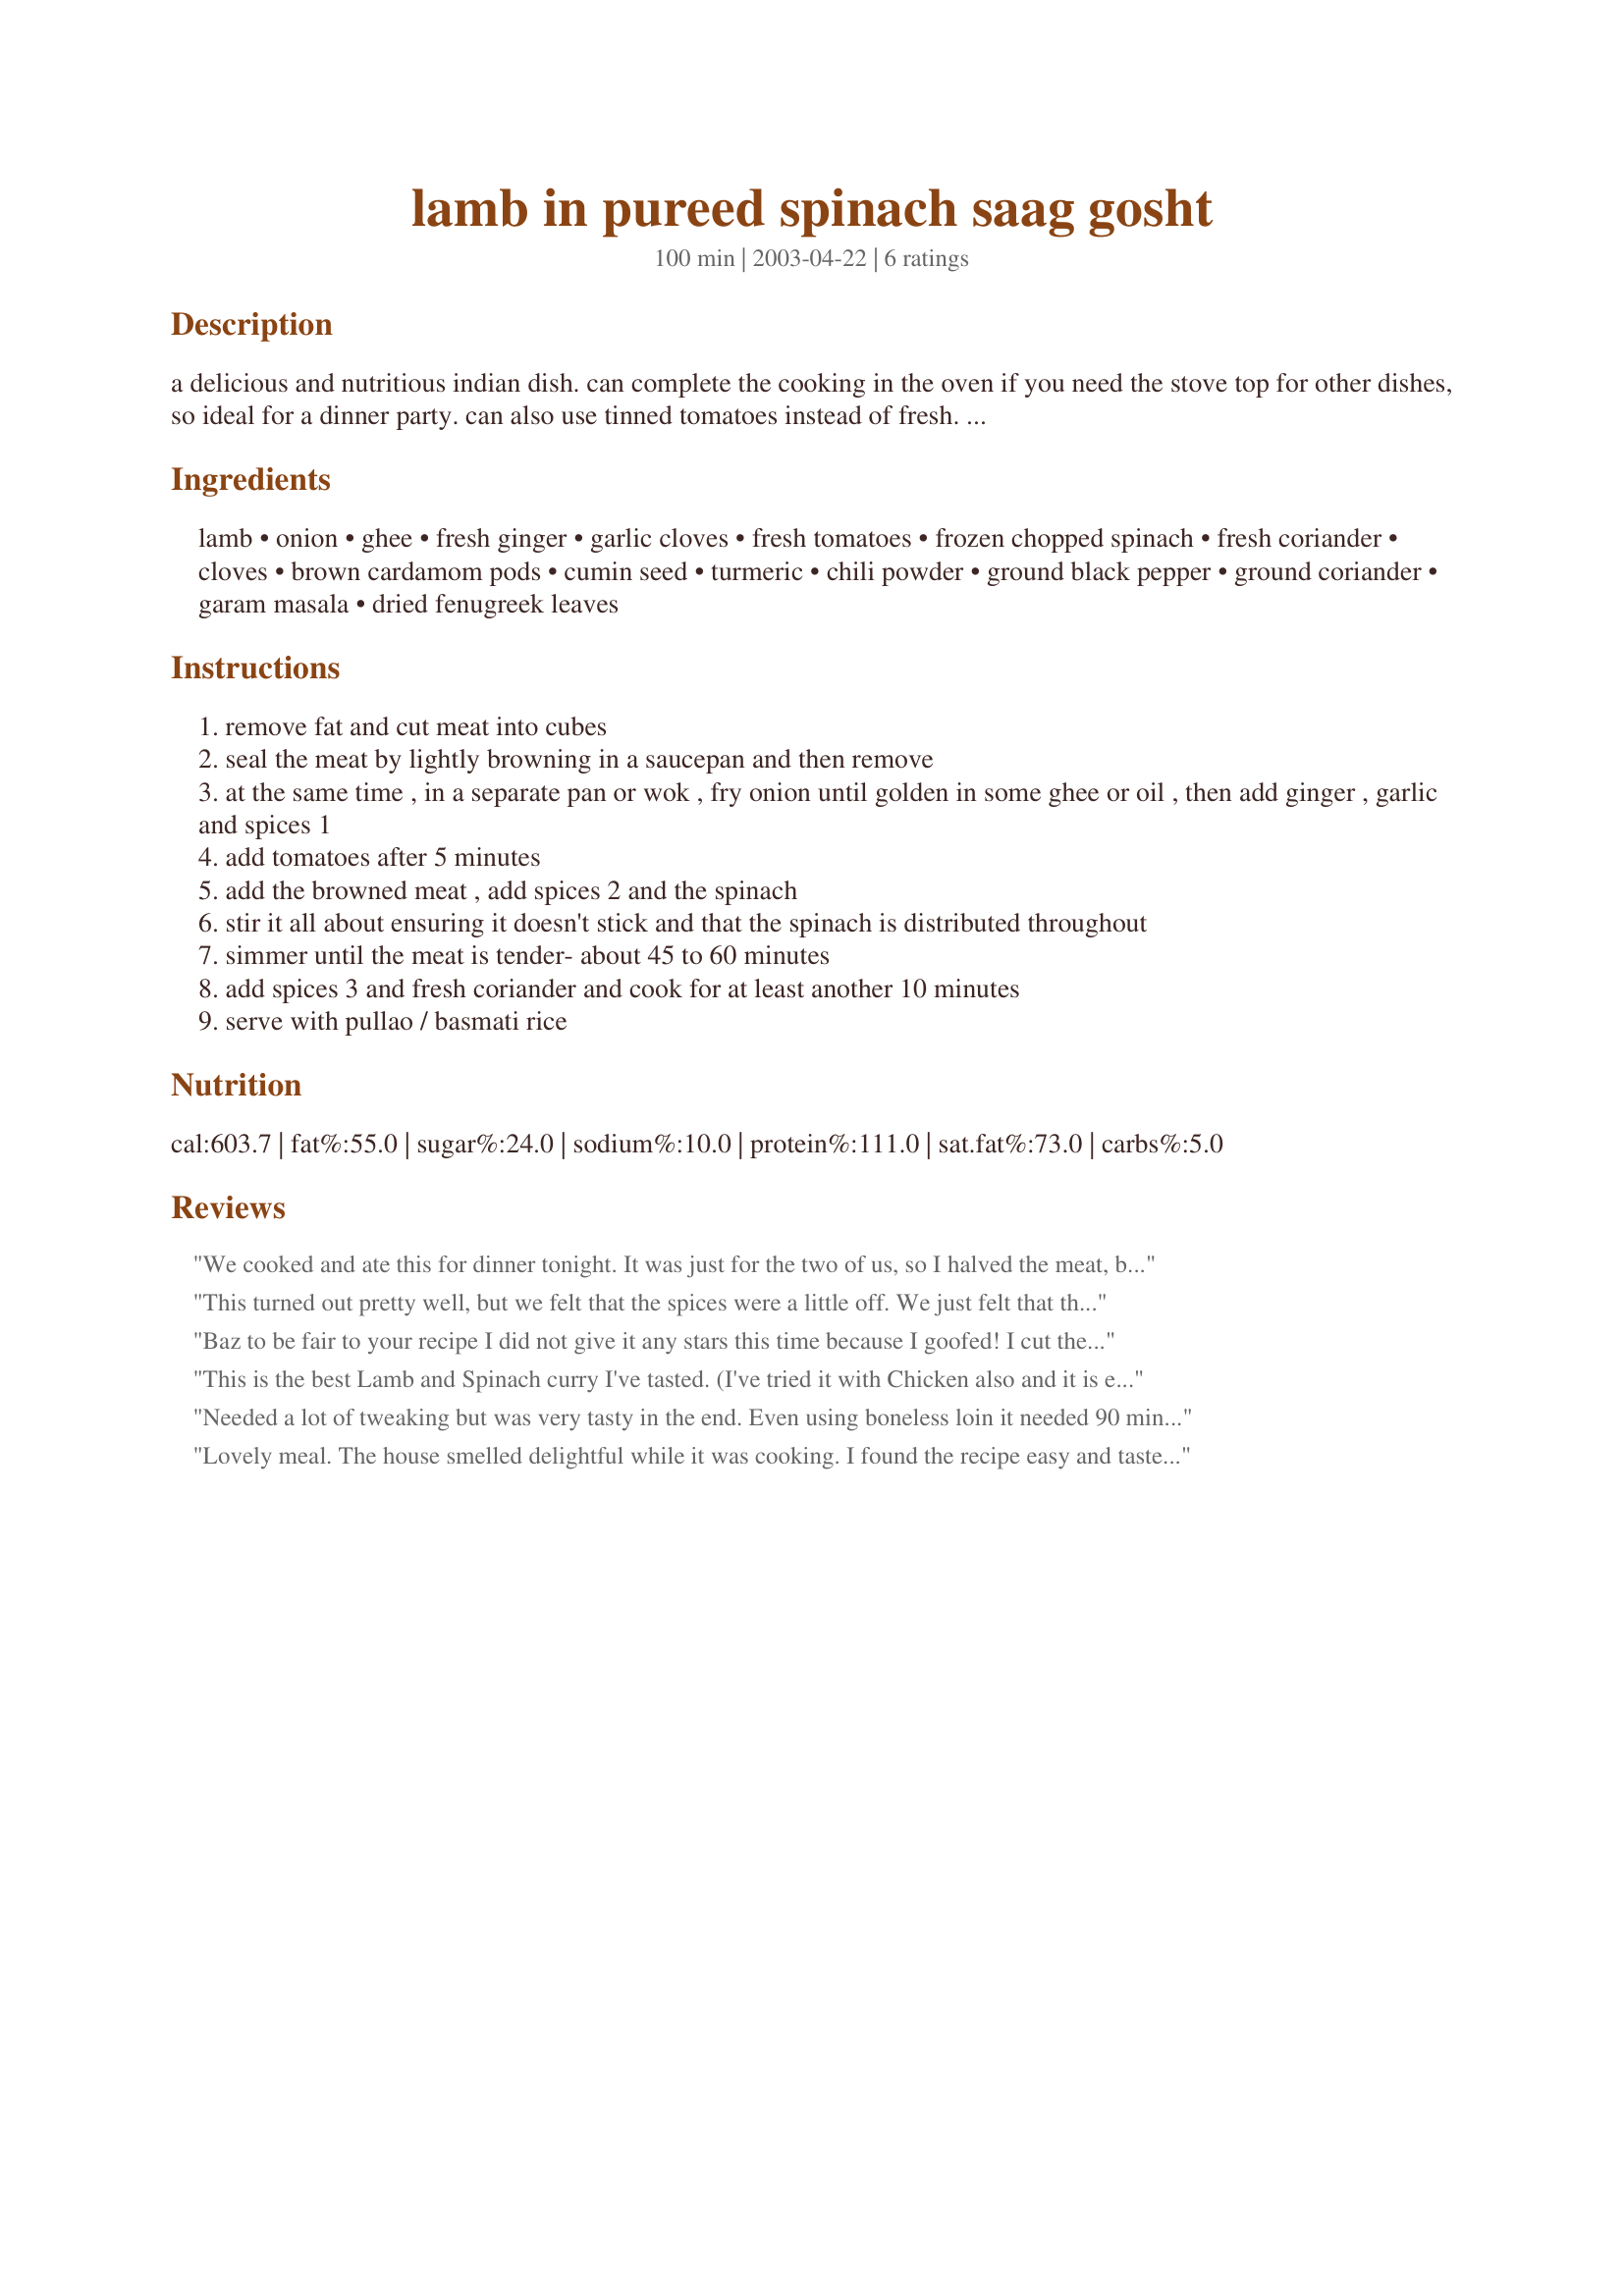
lamb in pureed spinach saag gosht
Preparation time: 100 minutes

a delicious and nutritious indian dish. can complete the cooking in the oven if you need the stove top for other dishes, so ideal for a dinner party. can also use tinned tomatoes instead of fresh. easier to make than it looks!

Ingredients:
lamb, onion, ghee, fresh ginger, garlic cloves, fresh tomatoes, frozen chopped spinach, fresh coriander, cloves, brown cardamom pods, cumin seed, turmeric, chili powder, ground black pepper, ground coriander, garam masala, dried fenugreek leaves

Steps:
remove fat and cut meat into cubes
seal the meat by lightly browning in a saucepan and then remove
at the same time , in a separate pan or wok , fry onion until golden in some ghee or oil , then add ginger , garlic and spices 1
add tomatoes after 5 minutes
add the browned meat , add spices 2 and the spinach
stir it all about ensuring it doesn't stick and that the spinach is distributed throughout
simmer until the meat is tender- about 45 to 60 minutes
add spices 3 and fresh coriander and cook for at least another 10 minutes
serve with pullao / basmati rice

Reviews:
We cooked and ate this for dinner tonight. It was just for the two of us, so I halved the meat, but (taking note of Bergy's review)left the sauce ingredients as written. I used tinned tomatoes, and frozen spinach and about 1 1/2 teaspoons of salt. I think next time I make this, I'll add maybe 1/2 a cup of yoghurt to it too. This recipe looked complicated with the spices listed as they are, but it couldn't have been easier to make.
This turned out pretty well, but we felt that the spices were a little off. We just felt that this didn't quite have the rich spiced flavor of many Indian dishes that we've made and loved. I used cannted tomatoes and frozen spinach and I had to substitute the brown cardamom with green because that's what I had on hand. I think I agree with Jan that this would perhaps benefit from a bit of yogurt being added, or BF and I thought of as we were discussing what we thought of this dish perhaps a bit of lemon juice? We did serve with yogurt, but I also think that perhaps the spicing was a bit too mild as well. I thought it was very easy to follow with the way you have listed the spices. It makes it much easier not to forget something. I got a little confused with steps 1-4, which say to sear the meat and to fry the onion. Now, step 4 says "at the same time fry onion", but I was unsure as to whether this meant with the meat or in a seperate pan? I seared the meat, removed it from the pan, then fried the onion, and added the meat with the spinach. The fact that the recipe does not say when to add the meat confused me too. Anywhow, it turned out alright in the end. We served it over a spiced saffron rice and with an eggplant curry of our own devices. All-in-all, not bad!
Baz to be fair to your recipe I did not give it any stars this time because I goofed! I cut the recipe in half and with the spicing in this dish you cannot cut the spices in half and expect the same pungent flavor. (I did and the result needed a boost. which I gave it. Not your recipe's fault - mine. I thought I would submit these comments in case anyone else should try to cut the recipe in half. For the "Pullao" rice I used Basmati and added, ground almonds, cumin, some cocnut & fennel - wonderful. I will make this recipe again doing the full recipe and give it the rating I know it will deserve. Great easy instructions to follow. Thanks Baz
This is the best Lamb and Spinach curry I've tasted. (I've tried it with Chicken also and it is equally good.) Tastes best when finished in the oven and cooked for more than an hour. Just keep checking to make sure it doesn't get too dry. If so, add some water and stir.

Needed a lot of tweaking but was very tasty in the end. Even using boneless loin it needed 90 minutes simmering after the initial prep/frying off was done. The spice mix was a bit flat so I added a variety of others to lift things as well as lemon juice and nam pla. I used 450gm meat and simmered the sauce down to where I could drag a spoon through and see the base of the pot. The sauce-meat ratio worked well at that point.

In short, a good starting point but I&#039;d suggest it&#039;s for more confident cooks who don&#039;t mind tasting and adjusting as they go.
Lovely meal. The house smelled delightful while it was cooking. I found the recipe easy and tasted great. I served it with lemon rice and Naan for a hearty yet simple meal. Only thing I did different was add a little cream at the end of step 8.
